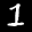
Label: 1